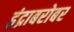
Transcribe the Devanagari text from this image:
इंद्राबरोबर